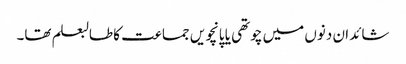
شائد ان دنوں میں چوتھی یا پانچویں جماعت کا طالبعلم تھا۔